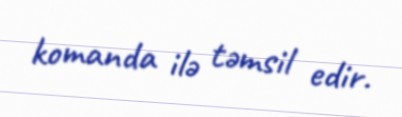
komanda ilə təmsil edir.